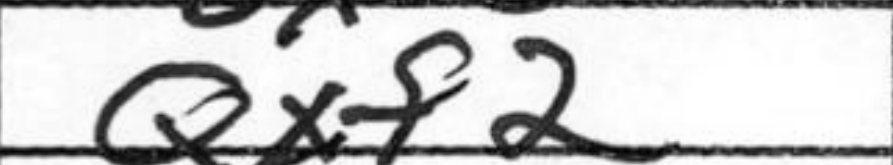
Transcription: Qxf2